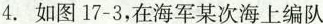
4.如图17-3，在海军某次海上编队